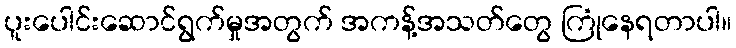
ပူးပေါင်းဆောင်ရွက်မှုအတွက် အကန့်အသတ်တွေ ကြုံနေရတာပါ။